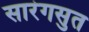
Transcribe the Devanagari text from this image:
सारंगसुत